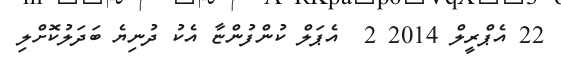
22 އެޕްރީލް 2014 2  އެޕަލް ކުންފުންޏާ އެކު ދުނިޔެ ބަދަލުކޮށްލި